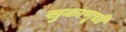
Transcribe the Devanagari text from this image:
सुकाणूची